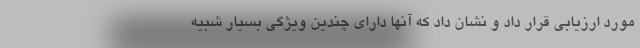
مورد ارزیابی قرار داد و نشان داد که آنها دارای چندین ویژگی بسیار شبیه